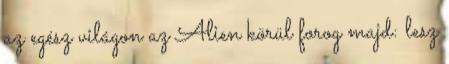
az egész világon az Alien körül forog majd: lesz